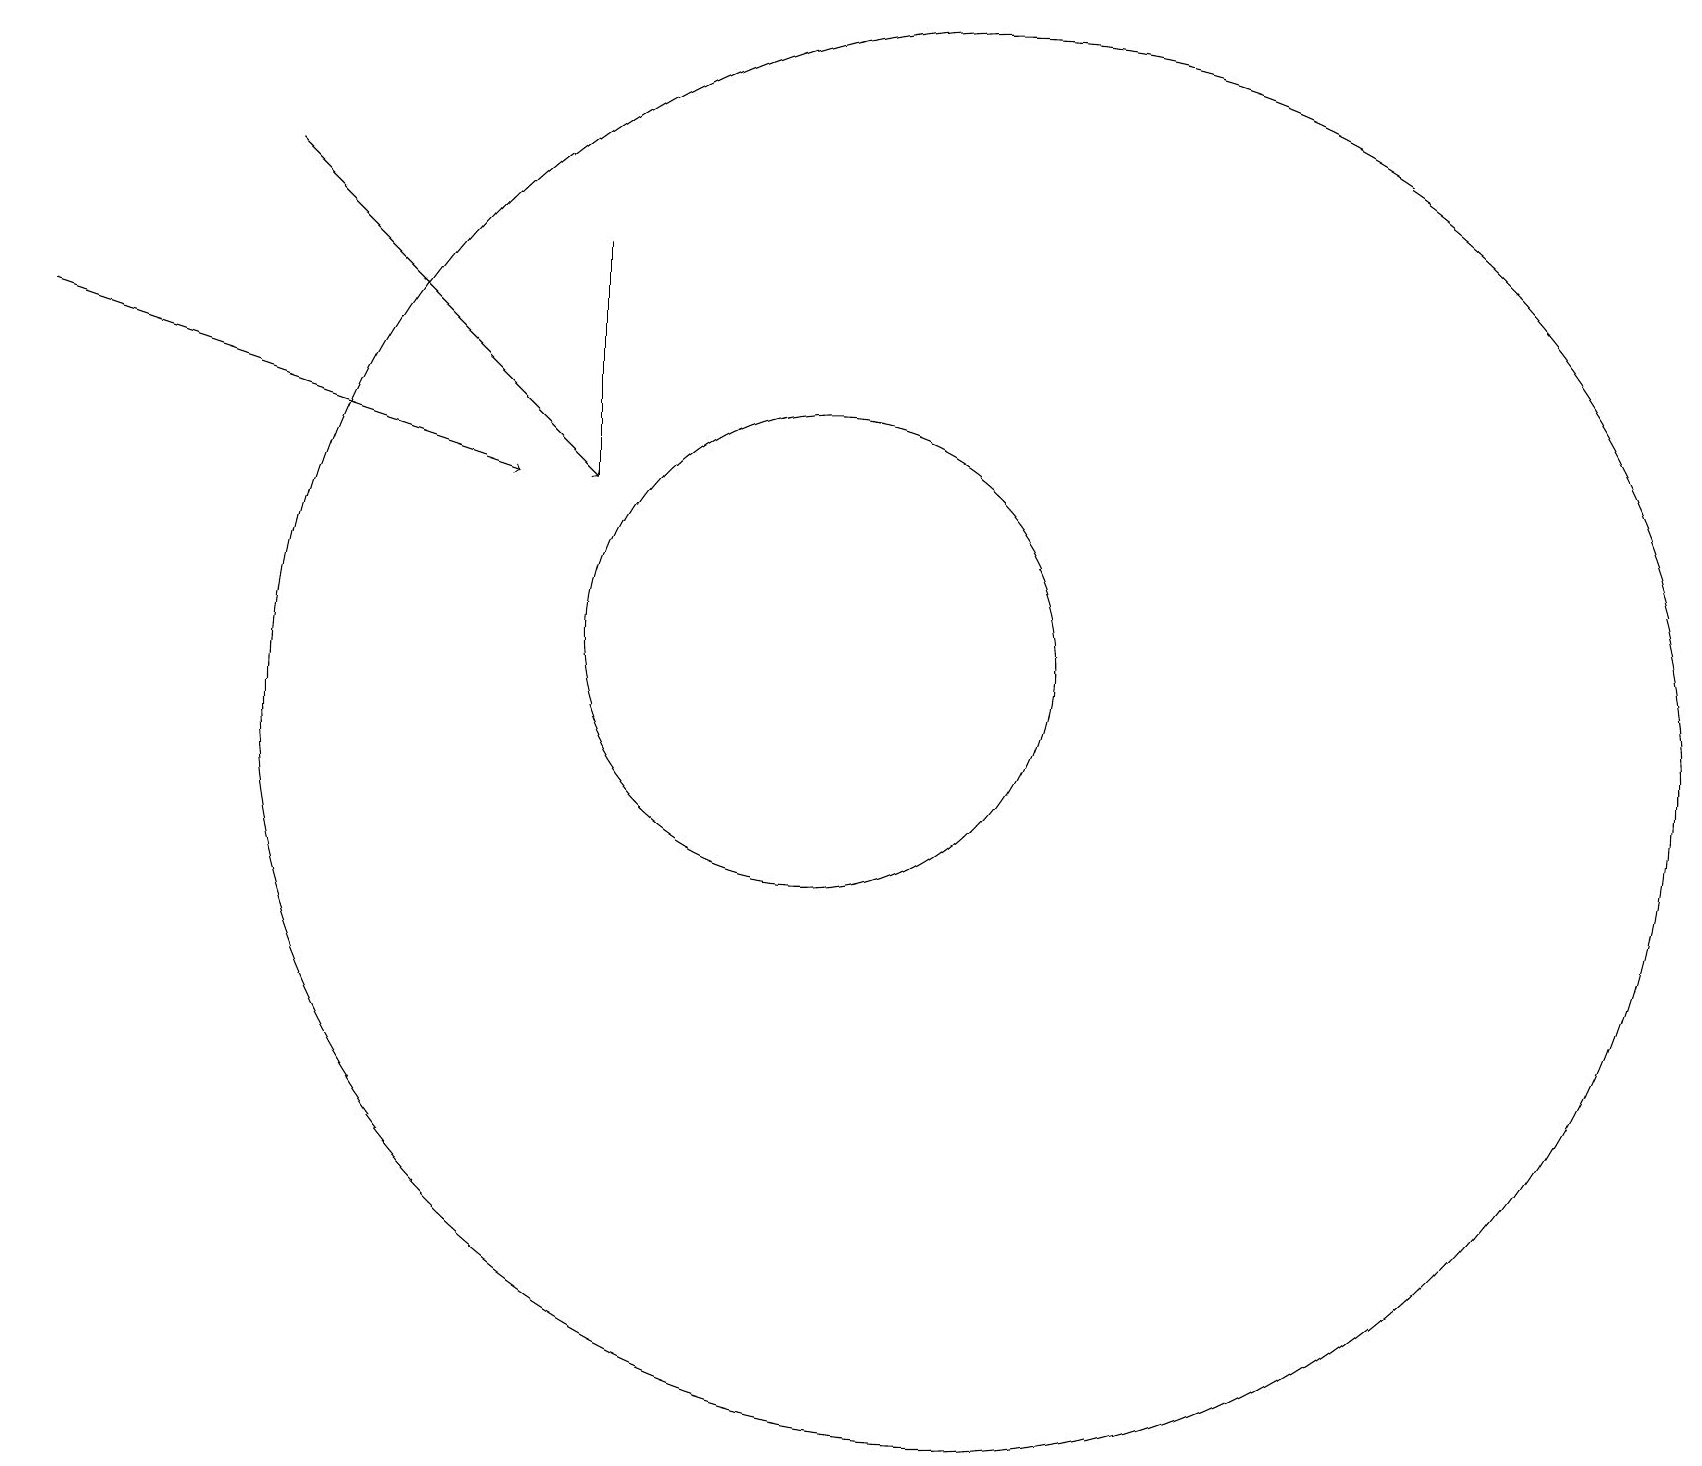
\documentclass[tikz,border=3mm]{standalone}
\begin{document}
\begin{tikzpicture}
\draw (7,16) rectangle (7,13);
\draw (10,11) circle (3);
\draw[->] (0,15) -- (6,13);
\draw (12,10) circle (9);
\draw[->] (3,17) -- (7,13);
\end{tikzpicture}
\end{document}